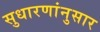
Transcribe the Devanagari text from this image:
सुधारणांनुसार